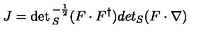
J = \det { } _ { S } ^ { - { \frac { 1 } { 2 } } } ( F \cdot F ^ { \dagger } ) d e t { } _ { S } ( F \cdot \nabla )